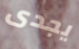
يجدى